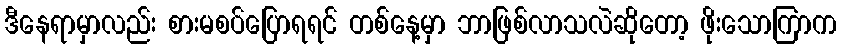
ဒီနေရာမှာလည်း စားမစပ်ပြောရရင် တစ်နေ့မှာ ဘာဖြစ်လာသလဲဆိုတော့ ဖိုးသောကြာက